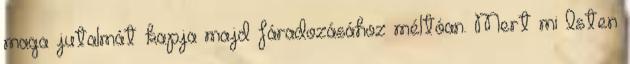
maga jutalmát kapja majd fáradozásához méltóan. Mert mi Isten